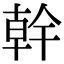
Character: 幹